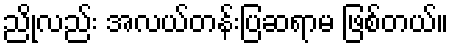
ညိုလည်း အလယ်တန်းပြဆရာမ ဖြစ်တယ်။